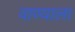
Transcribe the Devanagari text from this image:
वाण्याला